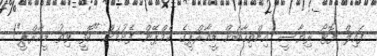
ފައިލް ފޮޓޯ ރިޔާސީ އިންތިހާބަށް ޑީއާރްޕީގެ ކެމްޕޭން ފެށުމަށް "ކޮފީ ވިތު ޑީއާރްޕީ"!